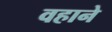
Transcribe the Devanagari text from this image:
वहाने